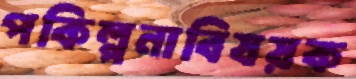
পকিল্পনাবিষয়ক